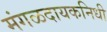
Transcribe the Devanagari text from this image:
मंगळदायकनिधी